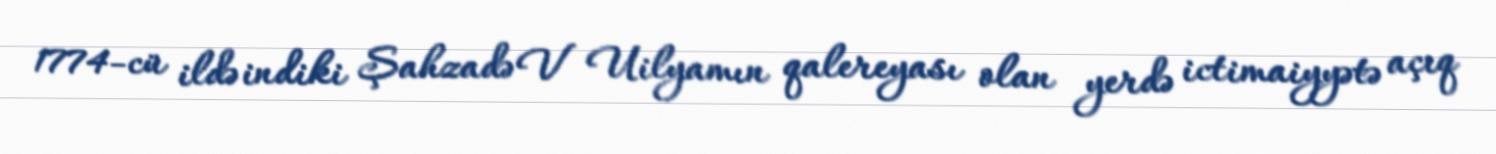
1774-cü ildə indiki Şahzadə V Uilyamın qalereyası olan yerdə ictimaiyyətə açıq